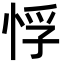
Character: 𭝂